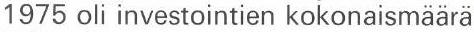
1975 oli investointien kokonaismäärä